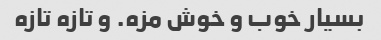
بسیار خوب و خوش مزه. و تازه تازه